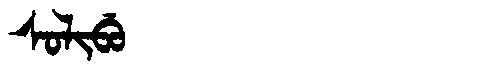
Manchu: ᠰᠣᠯᡳᠪᡠ
Romanization: SOLIBU